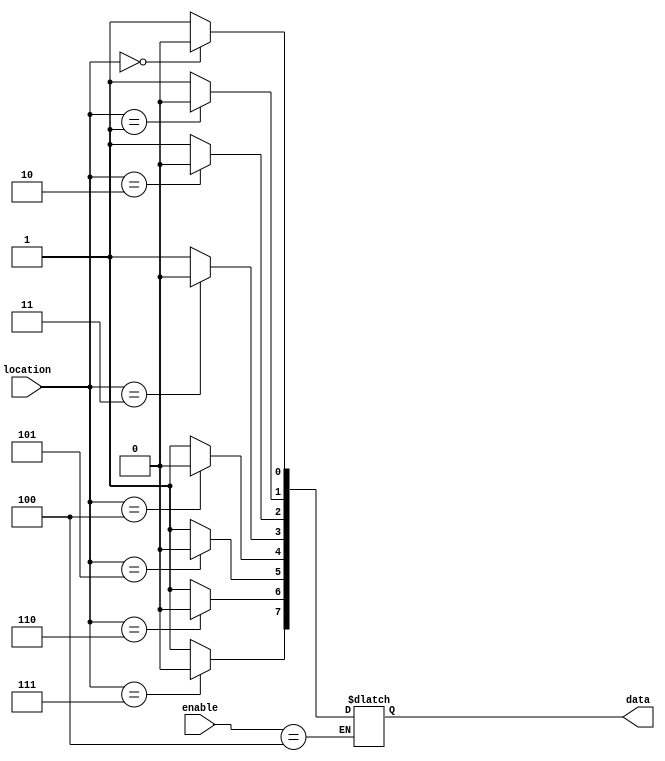
module week7_coder_3_8(
input[2:0] location,
input[2:0] enable,
output reg [7:0] data
);
integer i;
	always @(*) begin 
	if(enable==3'b100)
		for (i=0;i<8;i=i+1) begin
			if (location==i)
				data[i]<=0;
			else data[i]<=1;
		end
	end

endmodule